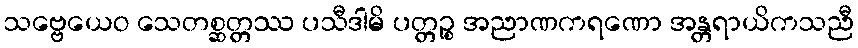
သဗ္ဗေယေဝ သေတစ္ဆတ္တဿ ပသီဒါမိ ပတ္တဉ္စ အညာဏကရဏော အန္တရာယိကသညီ